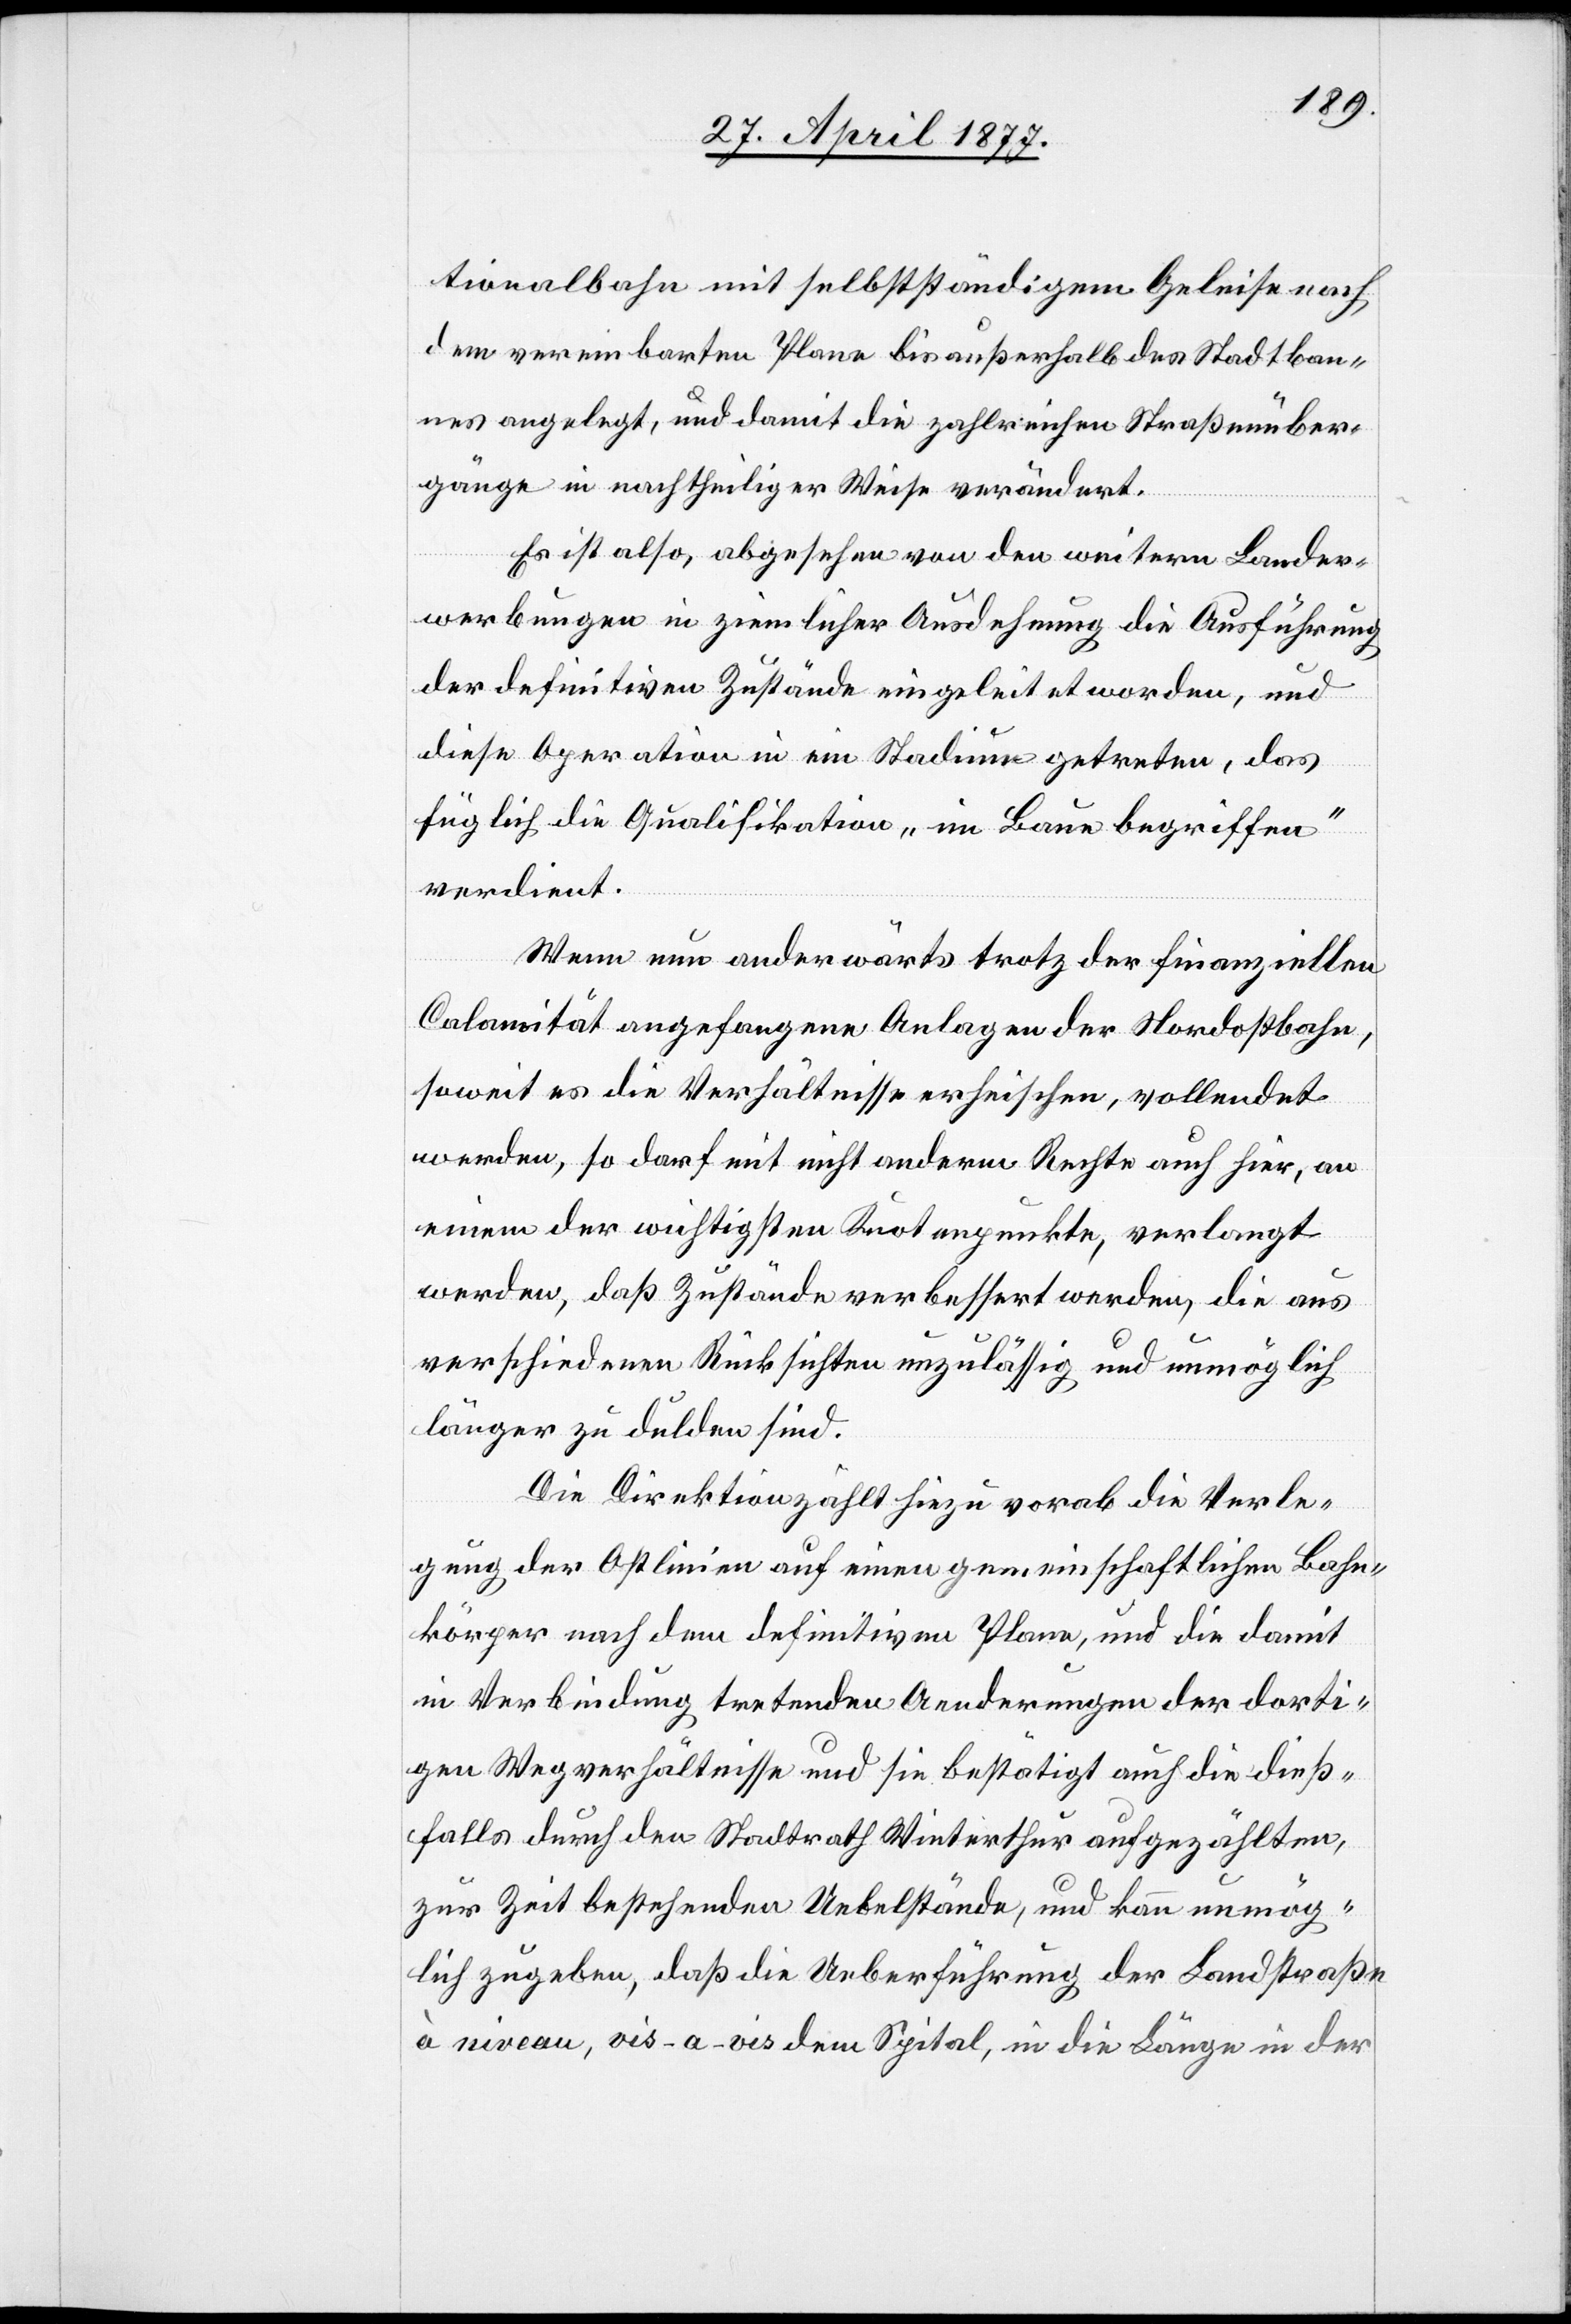
tionalbahn mit selbstständigem Geleise nach
dem vereinbarten Plane bis außerhalb des Stadtban¬
nes angelegt, und damit die zahlreichen Straßenüber¬
gänge in nachtheiliger Weise verändert.
Es ist also, abgesehen von den weitern Lander¬
werbungen in ziemlicher Ausdehnung die Ausführung
der definitiven Zustände eingeleitet worden, und
diese Operation in ein Stadium getreten, das
füglich die Qualifikation „im Baue begriffen“
verdient.
Wenn nun anderwärts trotz der finanziellen
Calamität angefangene Anlagen der Nordostbahn,
soweit es die Verhältnisse erheischen, vollendet
werden, so darf mit nicht anderm Rechte auch hier, an
einem der wichtigsten Knotenpunkte, verlangt
werden, daß Zustände verbessert werden, die aus
verschiedenen Rücksichten unzulässig und unmöglich
länger zu dulden sind.
Die Direktion zählt hiezu vorab die Verle¬
gung der Ostlinien auf einen gemeinschaftlichen Bahn¬
körper nach dem definitiven Plane, und die damit
in Verbindung tretenden Aenderungen der dorti¬
gen Wegverhältnisse und sie bestätigt auch die dieß¬
falls durch den Stadtrath Winterthur aufgezählten,
zur Zeit bestehenden Uebelstände, und kann unmög¬
lich zugeben, daß die Ueberführung der Landstraße
à niveau, vis-a-vis dem Spital, in die Länge in der